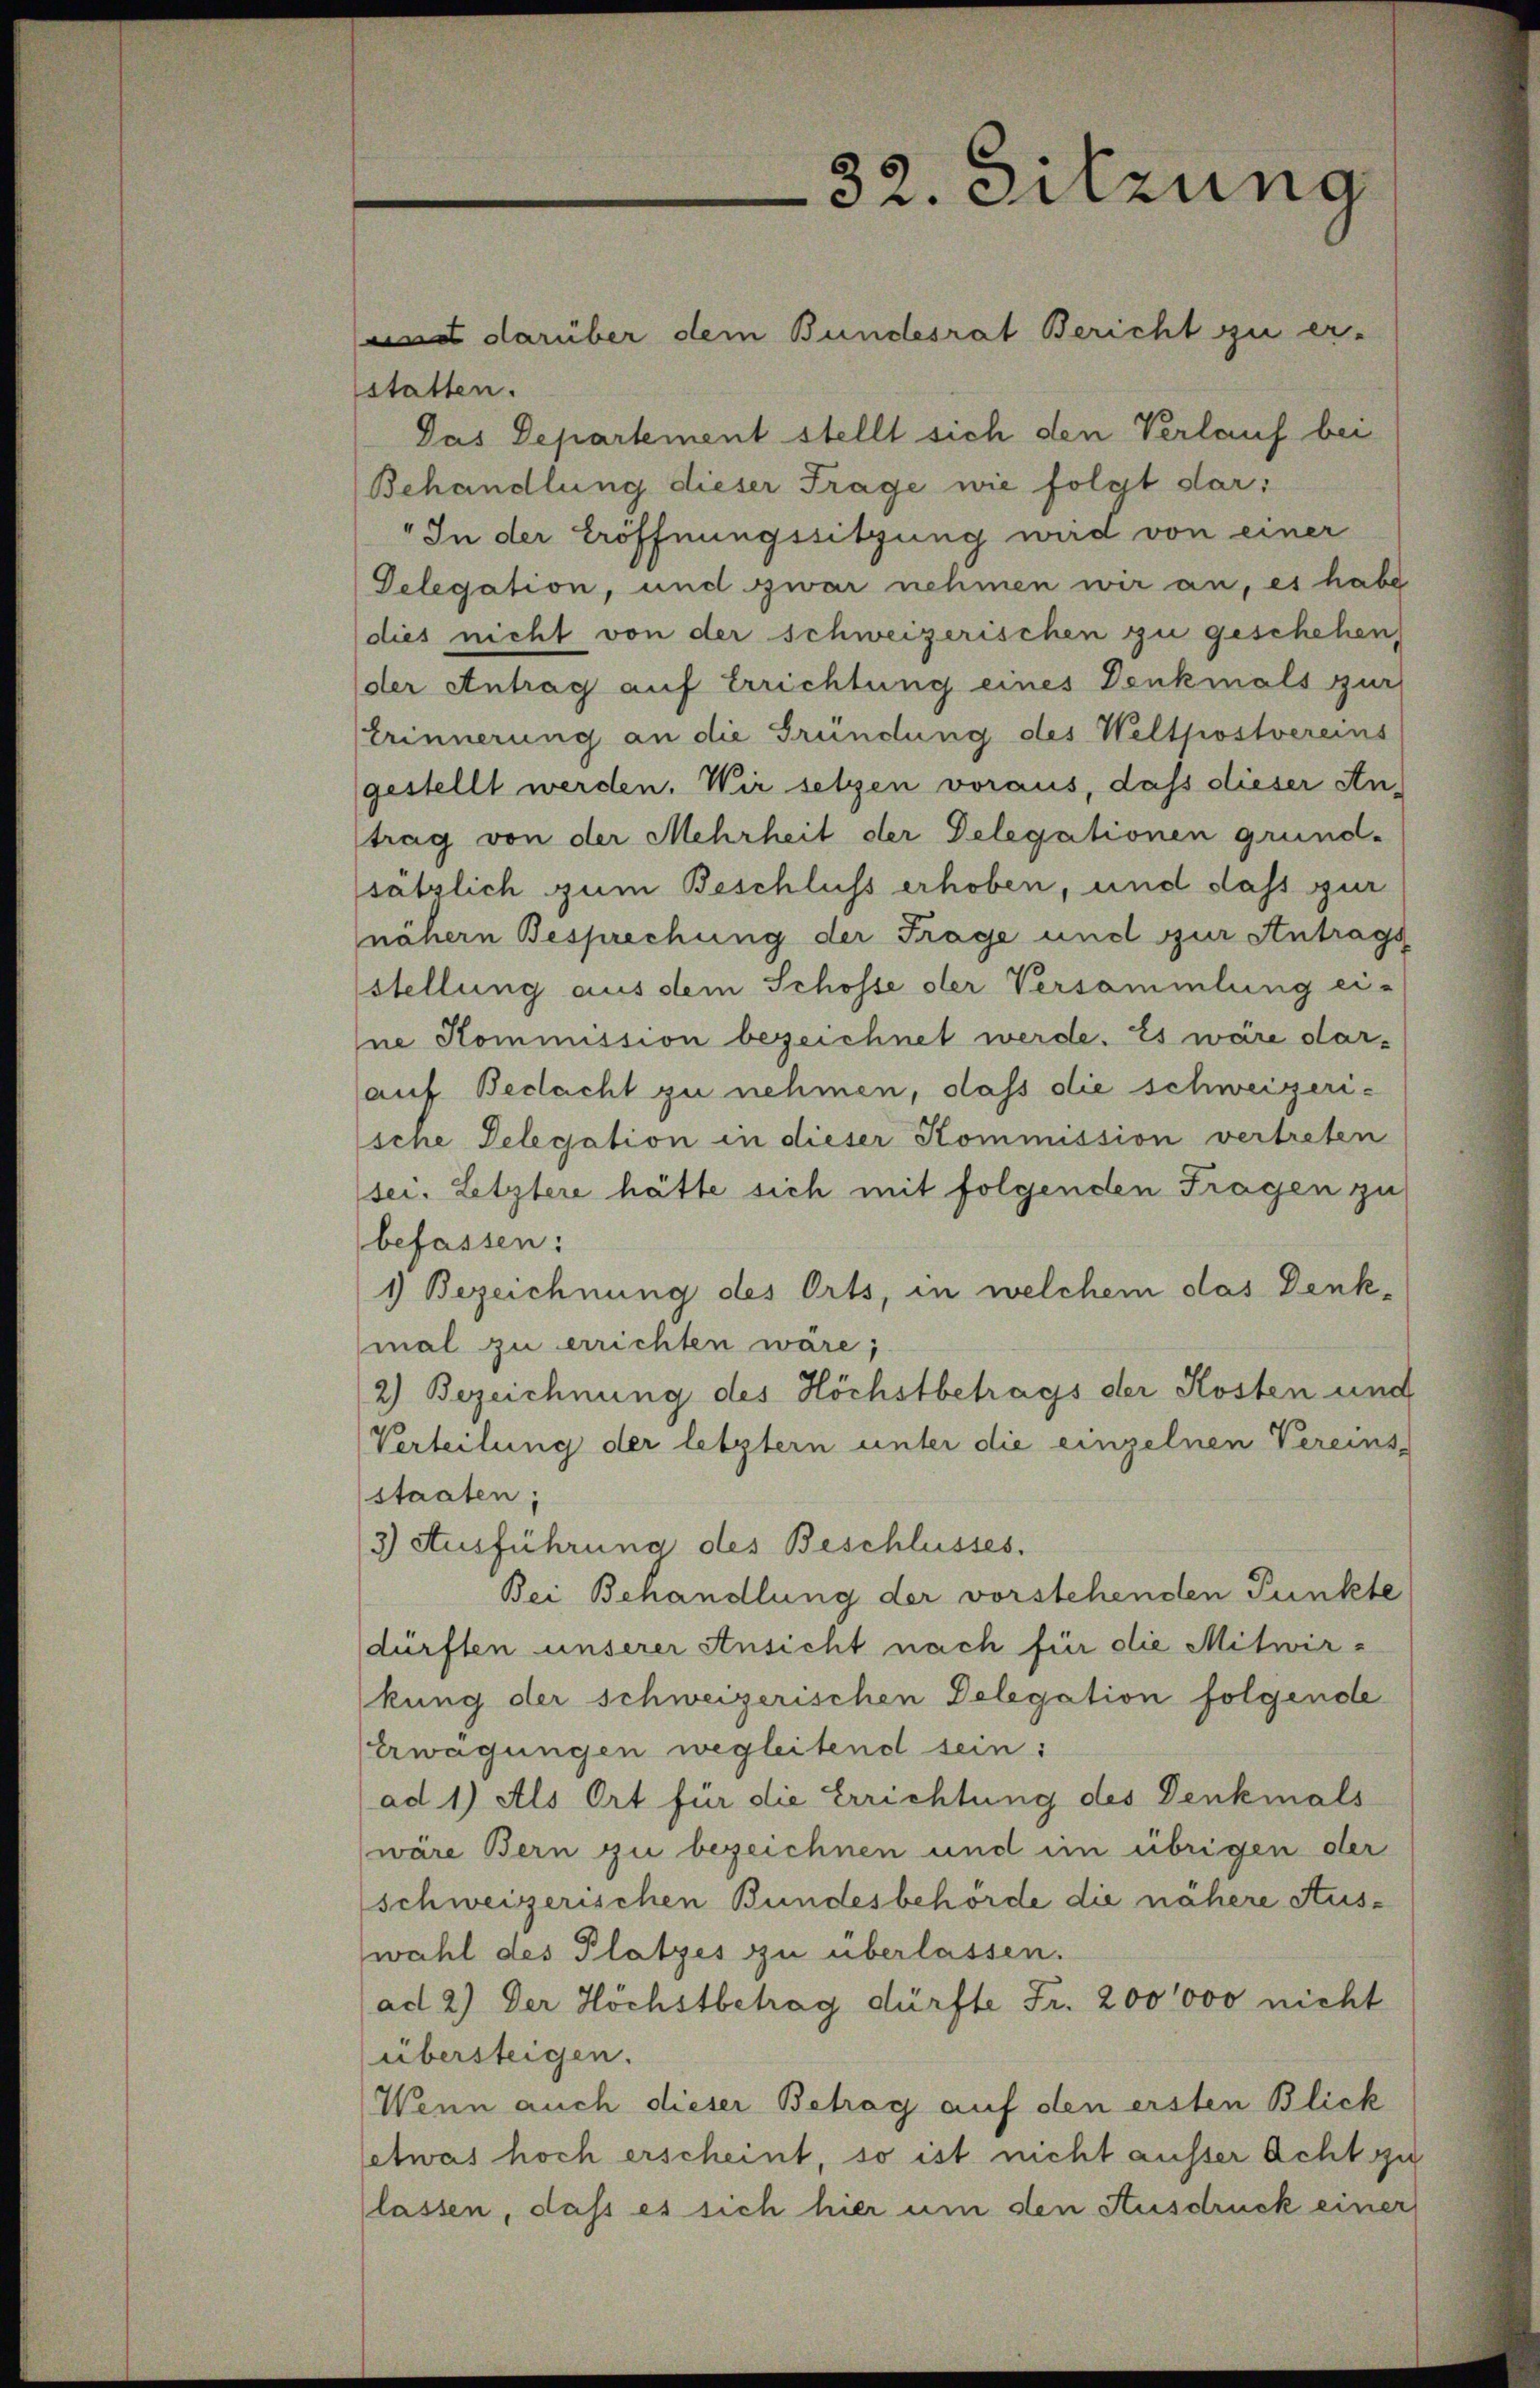
32. Sitzung
 darüber dem Bundesrat Bericht zu er-

statten.
Das Departement stellt sich den Verlauf bei
Behandlung dieser Frage wie folgt dar:
" In der Eröffnungssitzung wird von einer
Delegation, und zwar nehmen wir an, es habe
dies nicht von der schweizerischen zu geschehen,
der Antrag auf Errichtung eines Denkmals zur
Erinnerung an die Gründung des Weltpostvereins
gestellt werden. Wir setzen voraus, daß dieser An-
trag von der Mehrheit der Delegationen grund-
sätzlich zum Beschluss erhoben, und dass zur
nähern Besprechung der Frage und zur Antrags
stellung aus dem Schosse der Versammlung ei-
Ine Kommission bezeichnet werde. Es wäre darauf Bedacht zu nehmen, dass die schweizerische Delegation in dieser Kommission vertreten
(sei. Letztere hätte sich mit folgenden Fragen zu
befassen:
1) Bezeichnung des Orts, in welchem das Denk-
mal zu errichten wäre;
2) Bezeichnung des Höchstbetrags der Kosten und
Verteilung der letztern unter die einzelnen Vereins-
staaten;
3) Ausführung des Beschlusses.
Bei Behandlung der vorstehenden Punkte
dürften unserer Ansicht nach für die Mitwirkung der schweizerischen Delegation folgende
Erwägungen wegleitend sein:
(ad 1) Als Ort für die Errichtung des Denkmals
wäre Bern zu bezeichnen und im übrigen der
schweizerischen Bundesbehörde die nähere Auswahl des Platzes zu überlassen.
ad 2.) Der Höchstbetrag dürfte Fr. 200000 nicht
übersteigen.
Wenn auch dieser Betrag auf den ersten Blick
etwas hoch erscheint, so ist nicht ausser Acht zu
lassen, dass es sich hier um den Ausdruck einer